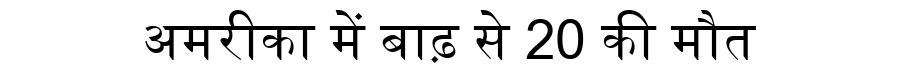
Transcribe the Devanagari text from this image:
अमरीका में बाढ़ से 20 की मौत